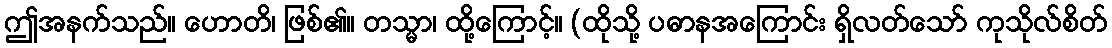
ဤအနက်သည်။ ဟောတိ၊ ဖြစ်၏။ တသ္မာ၊ ထို့ကြောင့်။ (ထိုသို့ ပဓာနအကြောင်း ရှိလတ်သော် ကုသိုလ်စိတ်